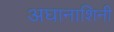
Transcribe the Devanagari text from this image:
अघानाशिनी